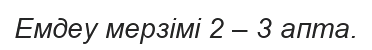
Емдеу мерзімі 2 – 3 апта.